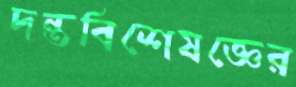
দন্তবিশেষজ্ঞের